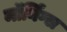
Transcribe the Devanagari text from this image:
मॉर्निंग्स